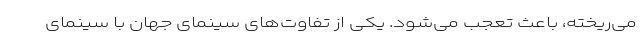
می‌ریخته، باعث تعجب می‌شود. یکی از تفاوت‌های سینمای جهان با سینمای